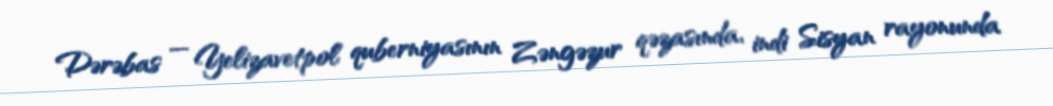
Dərəbas — Yelizavetpol quberniyasının Zəngəzur qəzasında, indi Sisyan rayonunda